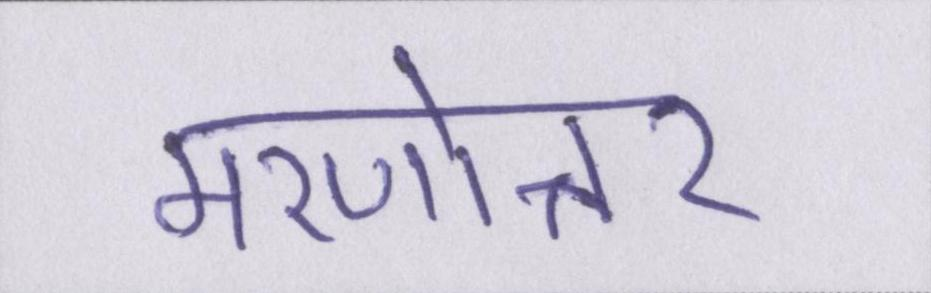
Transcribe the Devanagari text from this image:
मरणोत्तर